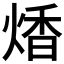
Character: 𤋭